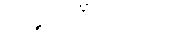
သဗ္ဗသင်္ဂါတိဂတေ